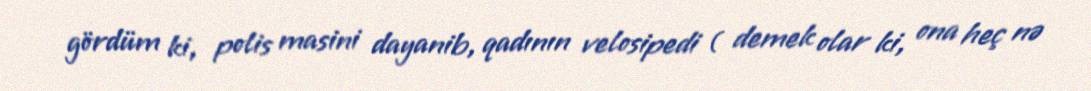
gördüm ki, polis masini dayanib, qadının velosipedi ( demek olar ki, ona heç nə